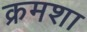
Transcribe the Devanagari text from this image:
क्रमशा